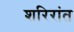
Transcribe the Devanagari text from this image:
शरिरांत